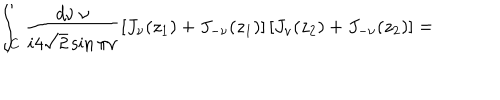
LaTeX: \int _ { C } \frac { d \nu \: \nu } { i 4 \sqrt { 2 } \sin \pi \nu } \left[ J _ { \nu } ( z _ { 1 } ) + J _ { - \nu } ( z _ { 1 } ) \right] \left[ J _ { \nu } ( z _ { 2 } ) + J _ { - \nu } ( z _ { 2 } ) \right] = \;